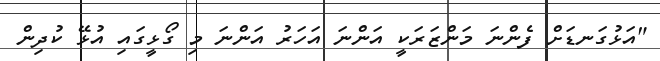
"އަޅުގަނޑަށް ފެންނަ މަންޒަރަކީ އަންނަ އަހަރު އަންނަ މި ގޯޅީގައި އުޅޭ ކުދިން